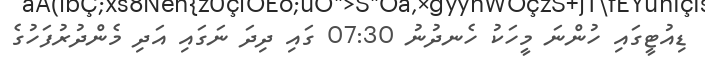
ޑިއުޓީގައި ހުންނަ މީހަކު ހެނދުނު 07:30 ގައި ދިދަ ނަގައި އަދި މެންދުރުފަހުގެ